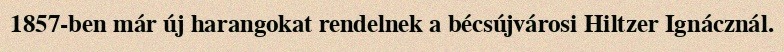
1857-ben már új harangokat rendelnek a bécsújvárosi Hiltzer Ignácznál.